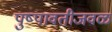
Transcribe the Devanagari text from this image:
पुष्पावतीजवळ